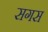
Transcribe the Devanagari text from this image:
सगस